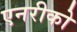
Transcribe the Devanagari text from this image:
एनरीको